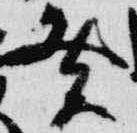
癸